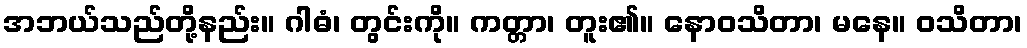
အဘယ်သည်တို့နည်း။ ဂါဓံ၊ တွင်းကို။ ကတ္တာ၊ တူး၏။ နောဝသိတာ၊ မနေ။ ဝသိတာ၊